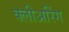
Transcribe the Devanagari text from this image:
क्लीअरिंग